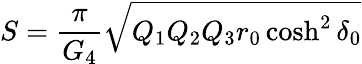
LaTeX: S={\frac{\pi}{G_{4}}}\sqrt{Q_{1}Q_{2}Q_{3}r_{0}\cosh^{2}\delta_{0}}